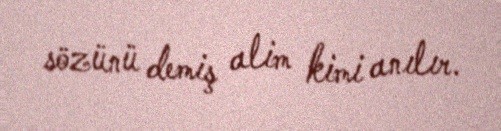
sözünü demiş alim kimi anılır.